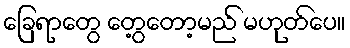
ခြေရာတွေ တွေ့တော့မည် မဟုတ်ပေ။